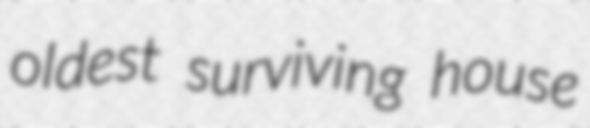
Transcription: oldest surviving house